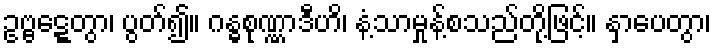
ဥဗ္ဗဋ္ဋေတွာ၊ ပွတ်၍။ ဂန္ဓစုဏ္ဏာဒီဟိ၊ နံ့သာမှုန့်စသည်တို့ဖြင့်။ နှာပေတွာ၊